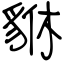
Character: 貅